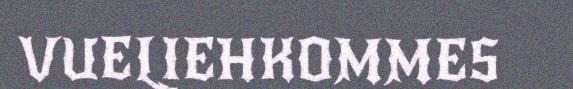
VUELIEHKOMMES